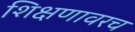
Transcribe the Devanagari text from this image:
शिक्षणावरच